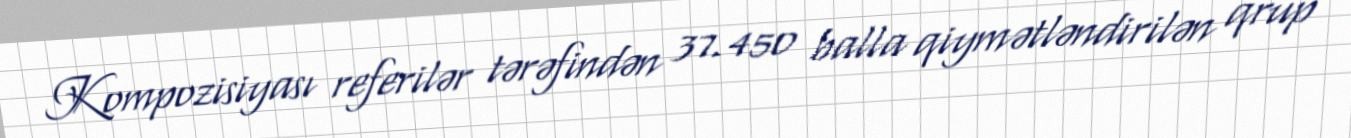
Kompozisiyası referilər tərəfindən 37.450 balla qiymətləndirilən qrup